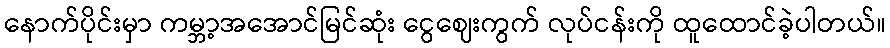
နောက်ပိုင်းမှာ ကမ္ဘာ့အအောင်မြင်ဆုံး ငွေဈေးကွက် လုပ်ငန်းကို ထူထောင်ခဲ့ပါတယ်။